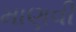
માણવી